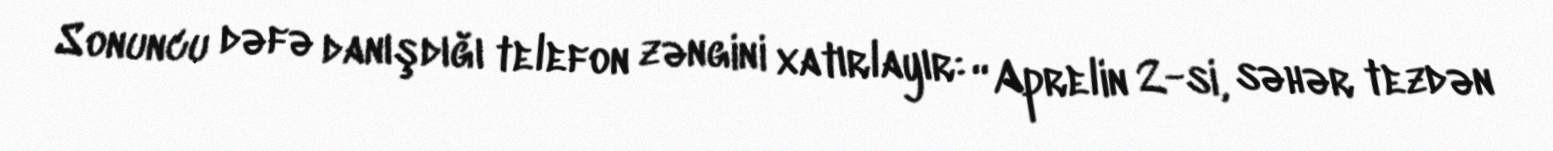
Sonuncu dəfə danışdığı telefon zəngini xatırlayır: “Aprelin 2-si, səhər tezdən